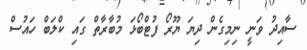
ސާއިދު ވަނީ ނިމިގެން ދިޔަ ޔޫރޯ ފުޓްބޯޅަ މުބާރާތް ގައި ކްލަބް ހައުސް